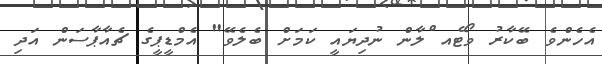
އެހެންވެ ބޭކާރު ވޯޓެއ ްލާން ނުދިޔައީ ކަމަށް ބެލެވޭ" އެމްޑީޕީގެ ޗެއާޕާސަން އަދި